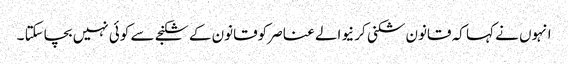
انہوں نے کہا کہ قانون شکنی کر نیوالے عناصر کوقانون کے شکنجے سے کوئی نہیں بچاسکتا ۔